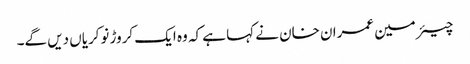
چیئرمین عمران خان نے کہا ہے کہ وہ ایک کروڑ نوکریاں دیں گے۔